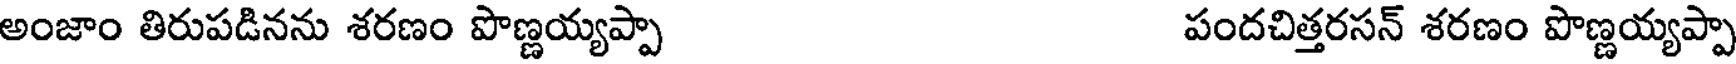
అంజాం తిరుపడినను శరణం పొణ్ణయ్యప్పా పందచిత్తరసన్ శరణం పొణ్ణయ్యప్పా